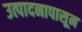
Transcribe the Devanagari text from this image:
उत्पादनापासून